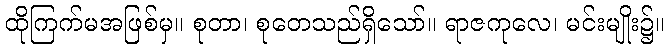
ထိုကြက်မအဖြစ်မှ။ စုတာ၊ စုတေသည်ရှိသော်။ ရာဇကုလေ၊ မင်းမျိုး၌။